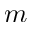
m